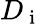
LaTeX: D_{\mathrm{~i~}}